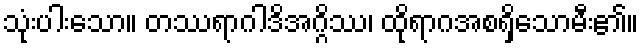
သုံးပါးသော။ တဿရာဂါဒိအဂ္ဂိဿ၊ ထိုရာဂအစရှိသောမီး၏။